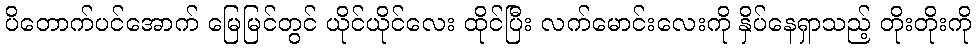
ပိတောက်ပင်အောက် မြေမြင်တွင် ယိုင်ယိုင်လေး ထိုင်ပြီး လက်မောင်းလေးကို နှိပ်နေရှာသည့် တိုးတိုးကို